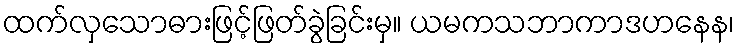
ထက်လှသောဓားဖြင့်ဖြတ်ခွဲခြင်းမှ။ ယမကသဘာကာဒဟနေန၊